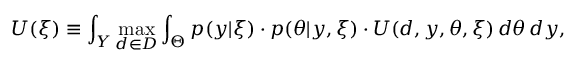
U ( \xi ) \equiv \int _ { Y } \operatorname* { m a x } _ { d \in D } \int _ { \Theta } p ( y | \xi ) \cdot p ( \theta | y , \xi ) \cdot U ( d , y , \theta , \xi ) \, d \theta \, d y ,